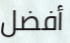
أفضل